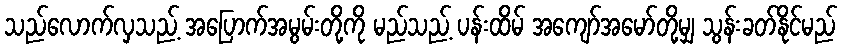
သည်လောက်လှသည့် အပြောက်အမွမ်းတို့ကို မည်သည့် ပန်းထိမ် အကျော်အမော်တို့မျှ သွန်းခတ်နိုင်မည်